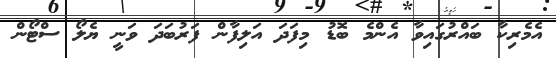
އެމެރިކާ ބައްރުގައިވާ އެންމެ ބޮޑު މިފަދަ އަލިފާން ފަރުބަދަ ވަނީ ޔެލޯ ސްޓޯން